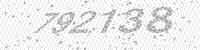
Solution: 792138